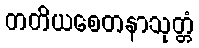
တတိယစေတနာသုတ္တံ